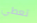
تعطي